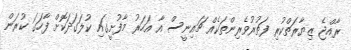
ރާއްޖެ ޒިޔާރަތްކުރި ފަތުރުވެރިންތަކެއް ޗައިނީސް އާ އަހަރު މާފުށީގައި ކުލަގަދަކޮށް ފާހަގަ ކުރަން